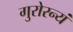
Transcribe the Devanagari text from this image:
गुरोरन्यं